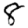
Digit: 8